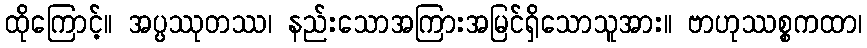
ထိုကြောင့်။ အပ္ပဿုတဿ၊ နည်းသောအကြားအမြင်ရှိသောသူအား။ ဗာဟုဿစ္စကထာ၊